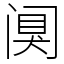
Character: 阒